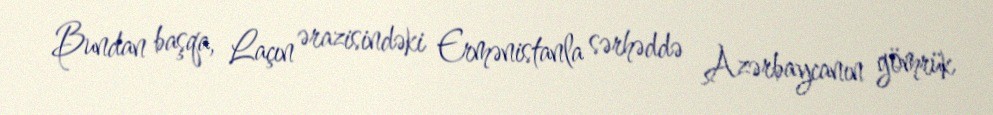
Bundan başqa, Laçın ərazisindəki Ermənistanla sərhəddə Azərbaycanın gömrük